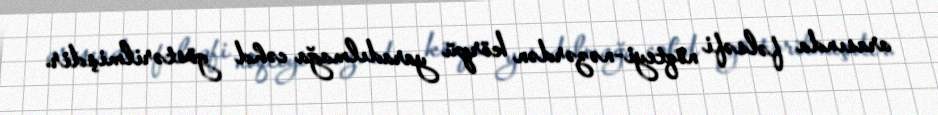
arasında fəlsəfi nöqteyi-nəzərdən körpü yaradılmağa cəhd göstərilmişdir.